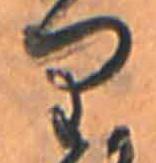
り